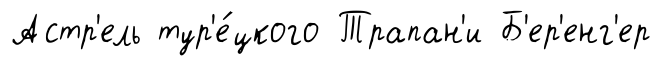
Астр'ель тур'е́цкого Трапан'и Б'ер'енг'ер